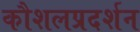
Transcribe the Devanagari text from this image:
कौशलप्रदर्शन